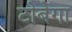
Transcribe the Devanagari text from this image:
टोबेगा